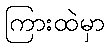
ကြားထဲမှာ